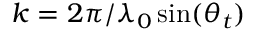
k = 2 \pi / \lambda _ { 0 } \sin ( \theta _ { t } )